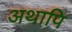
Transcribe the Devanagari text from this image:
अथापि